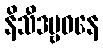
နိသီဒမ္ဗဝနေ